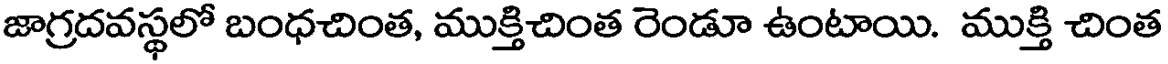
జాగ్రదవస్థలో బంధచింత, ముక్తిచింత రెండూ ఉంటాయి. ముక్తి చింత